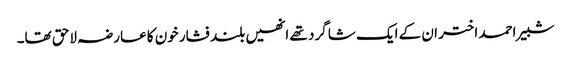
شبیر احمد اختر ان کے ایک شا گرد تھے انھیں بلند فشار خون کا عارضہ لاحق تھا۔